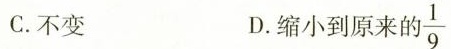
C.不变 D.缩小到原来的\frac{1}{9}